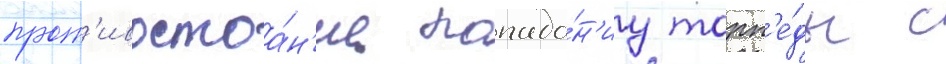
прот'ивостоа́н'ие попада́н'иу торп'е́ды с